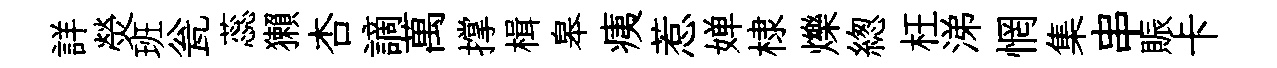
詳熒班瓮蕊獺杏謫萬撑楫皋痍惹婵棣爍緫枉涕惘集串賑卡